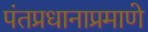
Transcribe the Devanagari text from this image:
पंतप्रधानाप्रमाणे